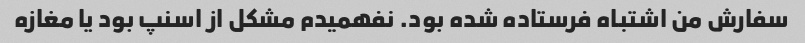
سفارش من اشتباه فرستاده شده بود. نفهمیدم مشکل از اسنپ بود یا مغازه